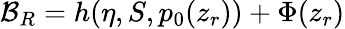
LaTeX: {\cal B}_{R}=h(\eta,S,p_{0}(z_{r}))+\Phi(z_{r})